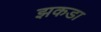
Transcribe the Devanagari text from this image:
झकडा